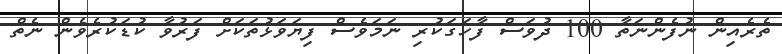
ތެރެއިން ނުފެންނަތާ 100 ދުވަސް ފާހަގަކުރި ނަމަވެސް ފިޔަވަޅުތަކަށް ފަރުވާ ކުޑަކުރެވެން ނެތް